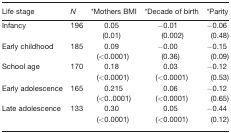
| Life stage | N | *Mothers BMI | *Decade of birth | *Parity |
 | --- | --- | --- | --- | --- |
 | <ROWSPAN=2> Infancy | <ROWSPAN=2> 196 | 0.05 | −0.01 | −0.06 |
 | (0.01) | (0.002) | (0.48) |
 | <ROWSPAN=2> Early childhood | <ROWSPAN=2> 185 | 0.09 | −0.00 | −0.15 |
 | (<0.0001) | (0.36) | (0.09) |
 | <ROWSPAN=2> School age | <ROWSPAN=2> 170 | 0.18 | 0.03 | −0.12 |
 | (<0.0001) | (<0.0001) | (0.53) |
 | <ROWSPAN=2> Early adolescence | <ROWSPAN=2> 165 | 0.215 | 0.06 | −0.12 |
 | (<0..0001) | (<0.0001) | (0.65) |
 | <ROWSPAN=2> Late adolescence | <ROWSPAN=2> 133 | 0.30 | 0.05 | −0.44 |
 | (<0.0001) | (<0.0001) | (0.12) |